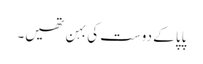
پاپا کے دوست کی بہن تھیں۔